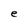
Character: e